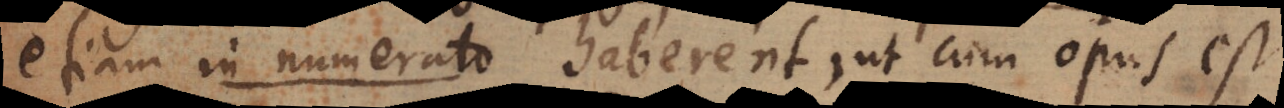
etiam in numerato haberent, ut cum opus est